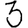
Digit: 3